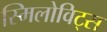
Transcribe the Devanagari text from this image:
स्मिलोविट्स